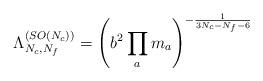
LaTeX: \begin{align*}{\Lambda_{N_c,N_f}^{(SO(N_c))}} =\left(b^2 \prod\limits_am_a\right)^{-{1 \over 3N_c-N_f-6}} \end{align*}